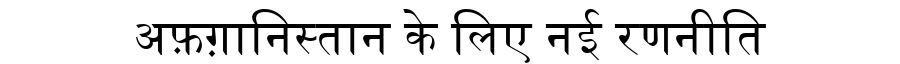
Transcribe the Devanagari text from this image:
अफ़ग़ानिस्तान के लिए नई रणनीति